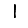
Digit: 1